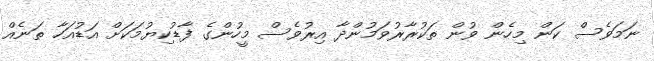
ނަމަވެސް ކަން މިހެން ވުން ތަކުރާރުވަމުންދާ އިރުވެސް މީހުންގެ ފާޑުކިޔުމަކަށް އަޑުއަހާ ތަނެއް